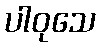
ပါဝုသေ